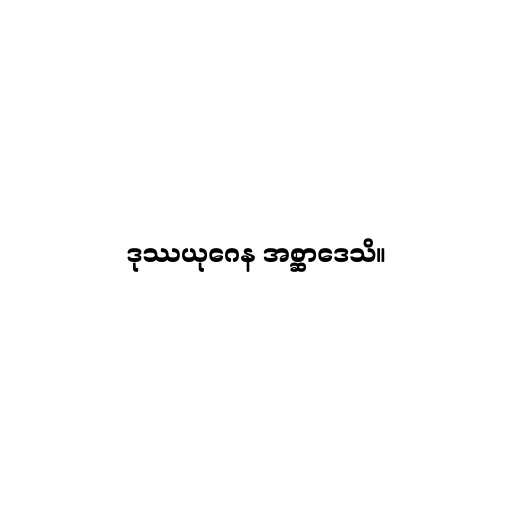
ဒုဿယုဂေန အစ္ဆာဒေသိ။